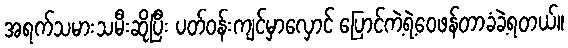
အရက်သမားသမီးဆိုပြီး ပတ်ဝန်းကျင်မှာလှောင် ပြောင်ကဲ့ရဲ့ဝေဖန်တာခံခဲ့ရတယ်။